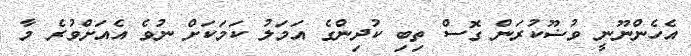
އެހެންނޫނީ ވުޟޫކުރަން ގޮސް ތިބި ކުދިންގެ އަމަލު ކަމަކަށް ނުވެ އެއަށްވުރެ މާ